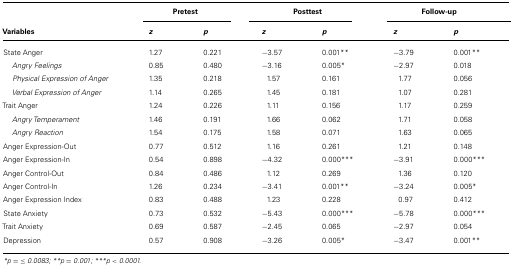
<table><thead><tr><td></td><td colspan="2"><b>Pretest</b></td><td colspan="2"><b>Posttest</b></td><td colspan="2"><b>Follow-up</b></td></tr><tr><td><b>Variables</b></td><td><b><i>z</i></b></td><td><b><i>p</i></b></td><td><b><i>z</i></b></td><td><b><i>p</i></b></td><td><b><i>z</i></b></td><td><b><i>p</i></b></td></tr></thead><tbody><tr><td>State Anger</td><td>1.27</td><td>0.221</td><td>-3.57</td><td>0.001**</td><td>-3.79</td><td>0.001**</td></tr><tr><td><i>Angry Feelings</i></td><td>0.85</td><td>0.480</td><td>-3.16</td><td>0.005*</td><td>-2.97</td><td>0.018</td></tr><tr><td><i>Physical Expression of Anger</i></td><td>1.35</td><td>0.218</td><td>1.57</td><td>0.161</td><td>1.77</td><td>0.056</td></tr><tr><td><i>Verbal Expression of Anger</i></td><td>1.14</td><td>0.265</td><td>1.45</td><td>0.181</td><td>1.07</td><td>0.281</td></tr><tr><td>Trait Anger</td><td>1.24</td><td>0.226</td><td>1.11</td><td>0.156</td><td>1.17</td><td>0.259</td></tr><tr><td><i>Angry Temperament</i></td><td>1.46</td><td>0.191</td><td>1.66</td><td>0.062</td><td>1.71</td><td>0.058</td></tr><tr><td><i>Angry Reaction</i></td><td>1.54</td><td>0.175</td><td>1.58</td><td>0.071</td><td>1.63</td><td>0.065</td></tr><tr><td>Anger Expression-Out</td><td>0.77</td><td>0.512</td><td>1.16</td><td>0.261</td><td>1.21</td><td>0.148</td></tr><tr><td>Anger Expression-In</td><td>0.54</td><td>0.898</td><td>-4.32</td><td>0.000***</td><td>-3.91</td><td>0.000***</td></tr><tr><td>Anger Control-Out</td><td>0.84</td><td>0.486</td><td>1.12</td><td>0.269</td><td>1.36</td><td>0.120</td></tr><tr><td>Anger Control-In</td><td>1.26</td><td>0.234</td><td>-3.41</td><td>0.001**</td><td>-3.24</td><td>0.005*</td></tr><tr><td>Anger Expression Index</td><td>0.83</td><td>0.488</td><td>1.23</td><td>0.228</td><td>0.97</td><td>0.412</td></tr><tr><td>State Anxiety</td><td>0.73</td><td>0.532</td><td>-5.43</td><td>0.000***</td><td>-5.78</td><td>0.000***</td></tr><tr><td>Trait Anxiety</td><td>0.69</td><td>0.587</td><td>-2.45</td><td>0.065</td><td>-2.97</td><td>0.054</td></tr><tr><td>Depression</td><td>0.57</td><td>0.908</td><td>-3.26</td><td>0.005*</td><td>-3.47</td><td>0.001**</td></tr></tbody></table>